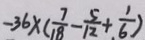
- 3 6 \times ( \frac { 7 } { 1 8 } - \frac { 5 } { 1 2 } + \frac { 1 } { 6 } )